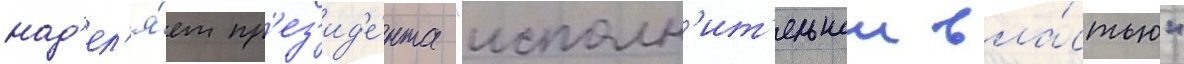
над'ел'я́ет пр'ез'ид'е́нта "исполн'ит'ельнои вла́стью"